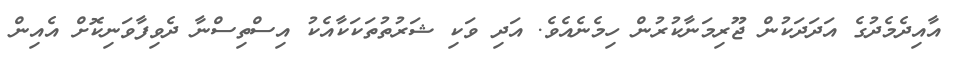
އާއިދެމެދުގެ އަދަދަކުން ޖޫރިމަނާކުރުން ހިމެނެއެވެ. އަދި ވަކި ޝަރުތުތަކަކާއެކު އިސްތިސްނާ ދެވިފާވަނިކޮށް އެއިން